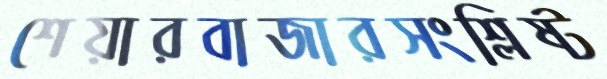
শেয়ারবাজারসংশ্লিষ্ট